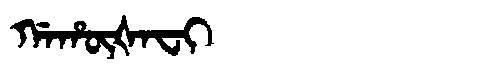
Manchu: ᡤᠠᡥᡡᡧᠠᠸᡳ
Romanization: GAHŪŠAFI